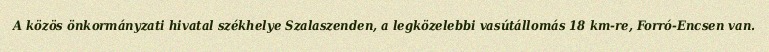
A közös önkormányzati hivatal székhelye Szalaszenden, a legközelebbi vasútállomás 18 km-re, Forró-Encsen van.